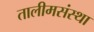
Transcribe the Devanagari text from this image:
तालीमसंस्था